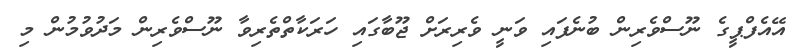
އޭއެފްޕީގެ ނޫސްވެރިން ބުނެފައި ވަނީ ވެރިރަށް ޖޫބާގައި ހަރަކާތްތެރިވާ ނޫސްވެރިން މަދުވުމުން މި